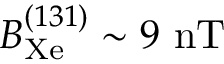
B _ { \mathrm { X e } } ^ { ( 1 3 1 ) } \sim 9 ~ \mathrm { n T }